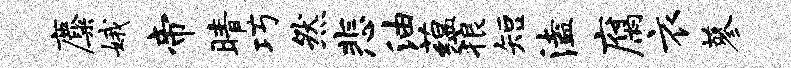
麋娥帝睛巧然悲油蕴狼短溘腐衣蓼